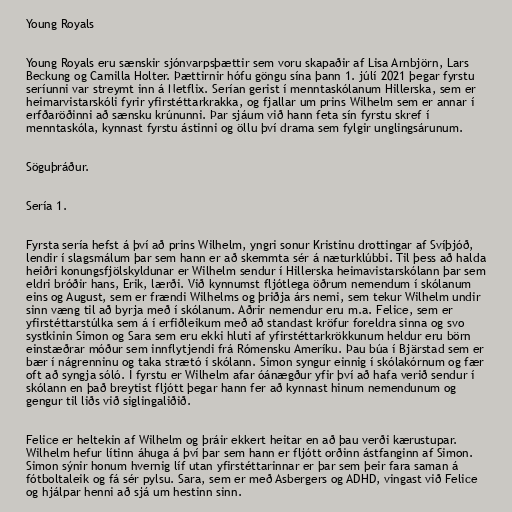
Young Royals

Young Royals eru sænskir sjónvarpsþættir sem voru skapaðir af Lisa Arnbjörn, Lars
Beckung og Camilla Holter. Þættirnir hófu göngu sína þann 1. júlí 2021 þegar fyrstu
seríunni var streymt inn á Netflix. Serían gerist í menntaskólanum Hillerska, sem er
heimarvistarskóli fyrir yfirstéttarkrakka, og fjallar um prins Wilhelm sem er annar í
erfðaröðinni að sænsku krúnunni. Þar sjáum við hann feta sín fyrstu skref í
menntaskóla, kynnast fyrstu ástinni og öllu því drama sem fylgir unglingsárunum.

Söguþráður.

Sería 1.

Fyrsta sería hefst á því að prins Wilhelm, yngri sonur Kristinu drottingar af Svíþjóð,
lendir í slagsmálum þar sem hann er að skemmta sér á næturklúbbi. Til þess að halda
heiðri konungsfjölskyldunar er Wilhelm sendur í Hillerska heimavistarskólann þar sem
eldri bróðir hans, Erik, lærði. Við kynnumst fljótlega öðrum nemendum í skólanum
eins og August, sem er frændi Wilhelms og þriðja árs nemi, sem tekur Wilhelm undir
sinn væng til að byrja með í skólanum. Aðrir nemendur eru m.a. Felice, sem er
yfirstéttarstúlka sem á í erfiðleikum með að standast kröfur foreldra sinna og svo
systkinin Simon og Sara sem eru ekki hluti af yfirstéttarkrökkunum heldur eru börn
einstæðrar móður sem innflytjendi frá Rómensku Ameríku. Þau búa í Bjärstad sem er
bær í nágrenninu og taka strætó í skólann. Simon syngur einnig í skólakórnum og fær
oft að syngja sóló. Í fyrstu er Wilhelm afar óánægður yfir því að hafa verið sendur í
skólann en það breytist fljótt þegar hann fer að kynnast hinum nemendunum og
gengur til liðs við siglingaliðið.

Felice er heltekin af Wilhelm og þráir ekkert heitar en að þau verði kærustupar.
Wilhelm hefur lítinn áhuga á því þar sem hann er fljótt orðinn ástfanginn af Simon.
Simon sýnir honum hvernig líf utan yfirstéttarinnar er þar sem þeir fara saman á
fótboltaleik og fá sér pylsu. Sara, sem er með Asbergers og ADHD, vingast við Felice
og hjálpar henni að sjá um hestinn sinn.